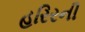
હરિરની